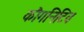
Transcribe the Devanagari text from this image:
कौगनिटिव